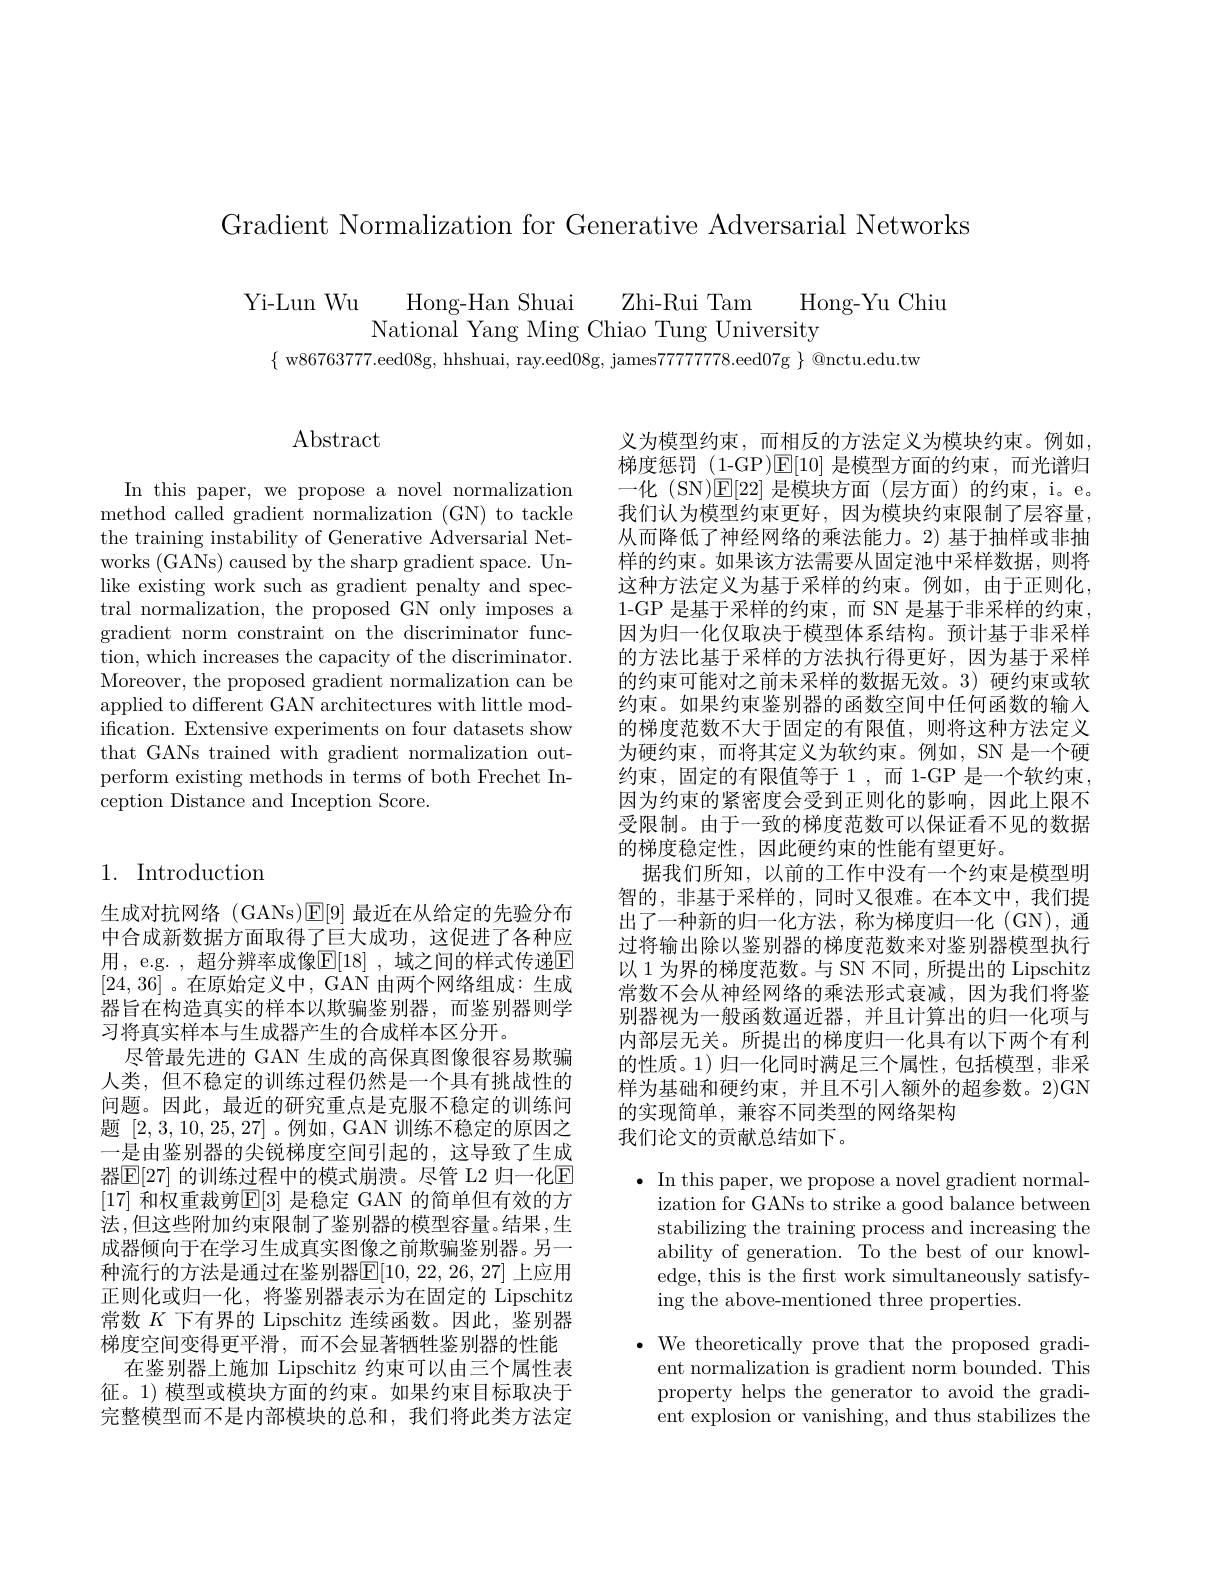
Gradient Normalization for Generative Adversarial Networks

$\begin{array}{c}{\mathrm{Yi-Lun~Wu}}&{\mathrm{Hong-Han~Shuai}}&{\mathrm{Zhi-Rui~Tam}}\\{\mathrm{National~Yang~Ming~Chiao~Tung~University}}\end{array}$Hong-Yu Chiu
$\{$ w86763777.eed08g, hhshuai, ray.eed08g, james777777778.eed07g $\}$ @nctu.edu.tw

## Abstract

In this paper, we propose a novel normalization method called gradient normalization (GN) to tackle the training instability of Generative Adversarial Networks (GANs) caused by the sharp gradient space. Unlike existing work such as gradient penalty and spectral normalization, the proposed GN only imposes a gradient norm constraint on the discriminator function, which increases the capacity of the discriminator. Moreover, the proposed gradient normalization can be applied to different GAN architectures with little modification. Extensive experiments on four datasets show that GANs trained with gradient normalization outperform existing methods in terms of both Frechet Inception Distance and Inception Score.

## 1. Introduction

生成对抗网络 (GANs)$\operatorname{E}[9]$最近在从给定的先验分布中合成新数据方面取得了巨大成功，这促进了各种应用，e.g. , 超分辨率成像$\mathbb{E}[18]$ ,域之间的样式传递$\mathbb{E}$ [24,36] 。在原始定义中，GAN 由两个网络组成：生成器旨在构造真实的样本以欺骗鉴别器，而鉴别器则学习将真实样本与生成器产生的合成样本区分开。
尽管最先进的 GAN 生成的高保真图像很容易欺骗人类，但不稳定的训练过程仍然是一个具有挑战性的问题。因此，最近的研究重点是克服不稳定的训练问题[2,3,10,25,27]。例如，GAN训练不稳定的原因之一是由鉴别器的尖锐梯度空间引起的，这导致了生成器$\boxed{\mathrm{E}}[27]$ 的训练过程中的模式崩溃。尽管 L2 归一化E [17] 和权重裁剪$\mathbb{E}[3]$ 是稳定 GAN 的简单但有效的方法，但这些附加约束限制了鉴别器的模型容量。结果，生成器倾向于在学习生成真实图像之前欺骗鉴别器。另一种流行的方法是通过在鉴别器$\mathbb{E}[10,22,26,27]$ 上应用正则化或归一化，将鉴别器表示为在固定的 Lipschitz 常数$K$下有界的 Lipschitz 连续函数。因此，鉴别器梯度空间变得更平滑，而不会显著牺牲鉴别器的性能
在鉴别器上施加 Lipschitz 约束可以由三个属性表征。1) 模型或模块方面的约束。如果约束目标取决于完整模型而不是内部模块的总和，我们将此类方法定

义为模型约束，而相反的方法定义为模块约束。例如， 梯度惩罚 (1-GP )$\overline{\mathrm{E}}[10]$是模型方面的约束，而光谱归一化 (SN)$\mathsf{E}[22]$是模块方面 (层方面)的约束，i。e。我们认为模型约束更好，因为模块约束限制了层容量， 从而降低了神经网络的乘法能力。2) 基于抽样或非抽样的约束。如果该方法需要从固定池中采样数据，则将这种方法定义为基于采样的约束。例如，由于正则化， 1-GP 是基于采样的约束，而 SN 是基于非采样的约束， 因为归一化仅取决于模型体系结构。预计基于非采样的方法比基于采样的方法执行得更好，因为基于采样的约束可能对之前未采样的数据无效。3) 硬约束或软约束。如果约束鉴别器的函数空间中任何函数的输入的梯度范数不大于固定的有限值，则将这种方法定义为硬约束，而将其定义为软约束。例如，SN 是一个硬约束，固定的有限值等于1，而 1-GP 是一个软约束， 因为约束的紧密度会受到正则化的影响，因此上限不受限制。由于一致的梯度范数可以保证看不见的数据的梯度稳定性，因此硬约束的性能有望更好。
据我们所知，以前的工作中没有一个约束是模型明智的，非基于采样的，同时又很难。在本文中，我们提出了一种新的归一化方法，称为梯度归一化 (GN),通过将输出除以鉴别器的梯度范数来对鉴别器模型执行以 1 为界的梯度范数。与 SN 不同，所提出的 Lipschitz 常数不会从神经网络的乘法形式衰减，因为我们将鉴别器视为一般函数逼近器，并且计算出的归一化项与内部层无关。所提出的梯度归一化具有以下两个有利的性质。1)归一化同时满足三个属性，包括模型，非采样为基础和硬约束，并且不引人额外的超参数。2)GN 的实现简单，兼容不同类型的网络架构
我们论文的贡献总结如下。

$\bullet$ In this paper, we propose a novel gradient normal-
ization for GANs to strike a good balance between stabilizing the training process and increasing the ability of generation. To the best of our knowledge, this is the first work simultaneously satisfying the above-mentioned three properties.

$\cdot$ We theoretically prove that the proposed gradi-
ent normalization is gradient norm bounded. This property helps the generator to avoid the gradient explosion or vanishing, and thus stabilizes the